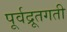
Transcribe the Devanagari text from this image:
पूर्वद्रूतगती